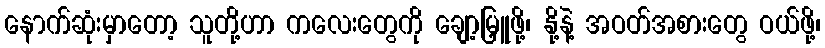
နောက်ဆုံးမှာတော့ သူတို့ဟာ ကလေးတွေကို ချော့မြှူဖို့၊ နို့နဲ့ အဝတ်အစားတွေ ဝယ်ဖို့၊